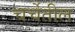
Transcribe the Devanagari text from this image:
चर्चेतील